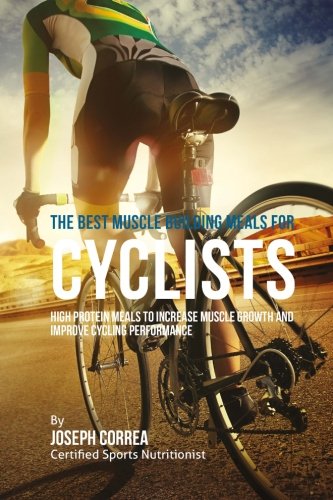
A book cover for The Best Muscle Building Meals for Cyclists: High Protein Meals to Increase Muscle Growth and Improve Cycling Performance; Joseph Correa (Certified Sports Nutritionist); Sports & Outdoors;